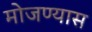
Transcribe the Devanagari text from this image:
मोजण्यास